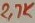
Text: 2,7K